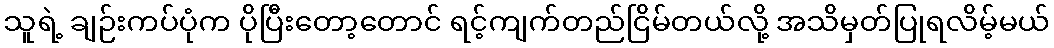
သူရဲ့ ချဉ်းကပ်ပုံက ပိုပြီးတော့တောင် ရင့်ကျက်တည်ငြိမ်တယ်လို့ အသိမှတ်ပြုရလိမ့်မယ်